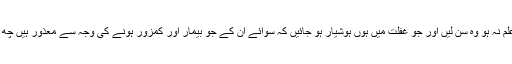
جن لوگوں کو علم نہ ہو وہ سن لیں اور جو غفلت میں ہوں ہوشیار ہو جائیں کہ سوائے ان کے جو بیمار اور کمزور ہونے کی وجہ سے معذور ہیں چھ روزے رکھیں۔